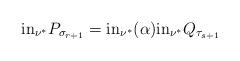
LaTeX: \begin{align*} {\rm in}_{\nu^*}P_{\sigma_{r+1}}={\rm in}_{\nu^*}(\alpha){\rm in}_{\nu^*}Q_{\tau_{s+1}} \end{align*}